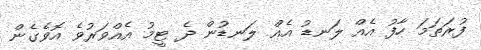
ފުރަތަމަ ހާފު އެއް ލަނޑު އެއް ލަނޑުން ދެ ޓީމު އެއްވަރުވެ އޮވެގެން